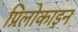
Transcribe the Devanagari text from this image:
प्रिलोकाइन